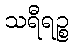
သရီရဉ္စ